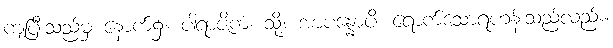
ကျပြီးသည်မှ နောက်၌။ ပါရာဇိကံ၊ သို့။ အာပန္နောပိ၊ ရောက်သောရဟန်းသည်လည်း။